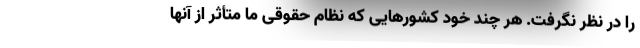
را در نظر نگرفت. هر چند خود کشورهایی که نظام حقوقی ما متأثّر از آنها